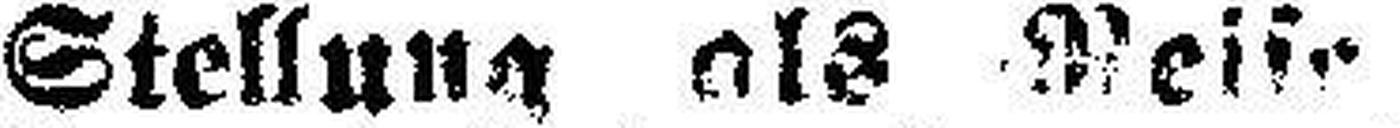
Stellung als Reise